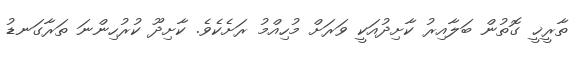
ތާރީޚީ ގޮތުން ބަލާއިރު ކާށިދުއަކީ ވަރަށް މުހިއްމު ރަށެކެވެ. ކާށިދޫ ކުރުހިންނަ ތަރާގަނޑު